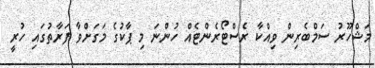
މަޝްހޫރު ސަމްބެރިން ވިއްކާ ރެސްޓޯރެންޓެއް ހުންނަ މި ޕާކުގެ މަގަށްވާ ފަރާތުގައި ހުރީ